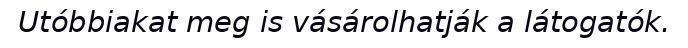
Utóbbiakat meg is vásárolhatják a látogatók.